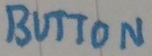
Text: BUTTON